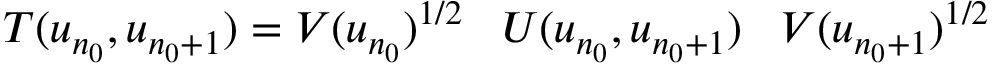
T ( u _ { n _ { 0 } } , u _ { n _ { 0 } + 1 } ) = V ( u _ { n _ { 0 } } ) ^ { 1 / 2 } \; \; \; U ( u _ { n _ { 0 } } , u _ { n _ { 0 } + 1 } ) \; \; \; V ( u _ { n _ { 0 } + 1 } ) ^ { 1 / 2 }